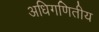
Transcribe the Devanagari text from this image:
अधिगणितीय